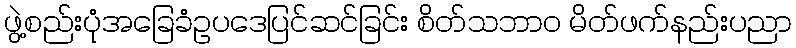
ဖွဲ့စည်းပုံအခြေခံဥပဒေပြင်ဆင်ခြင်း စိတ်သဘာဝ မိတ်ဖက်နည်းပညာ